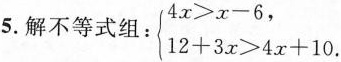
5.解不等式组：$$\left\{ \begin{matrix} 4x>x-6, \\ 12+3x>4x+1 .\end{matrix} \right. $$